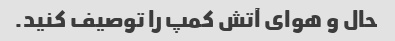
حال و هوای آتش کمپ را توصیف کنید.